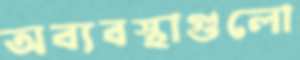
অব্যবস্থাগুলো